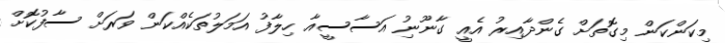
މިކަންކަން މިގޮތަށް ގެންދާއިރު އެއީ ގާނޫނިު އަސާސީއާ ހިލާފު އަމަލުތަކެއްކަން ވަރަށް ސާފުކޮށް